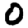
Digit: 0